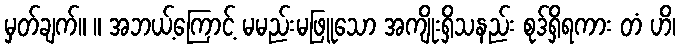
မှတ်ချက်။ ။ အဘယ့်ကြောင့် မမည်းမဖြူသော အကျိုးရှိသနည်း စုဒ်ရှိရကား တံ ဟိ၊